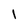
Character: l